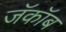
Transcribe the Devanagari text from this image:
जॅकॉब